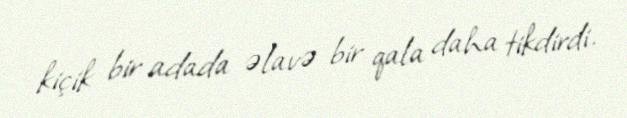
kiçik bir adada əlavə bir qala daha tikdirdi.